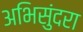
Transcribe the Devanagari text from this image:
अभिसुंदरा